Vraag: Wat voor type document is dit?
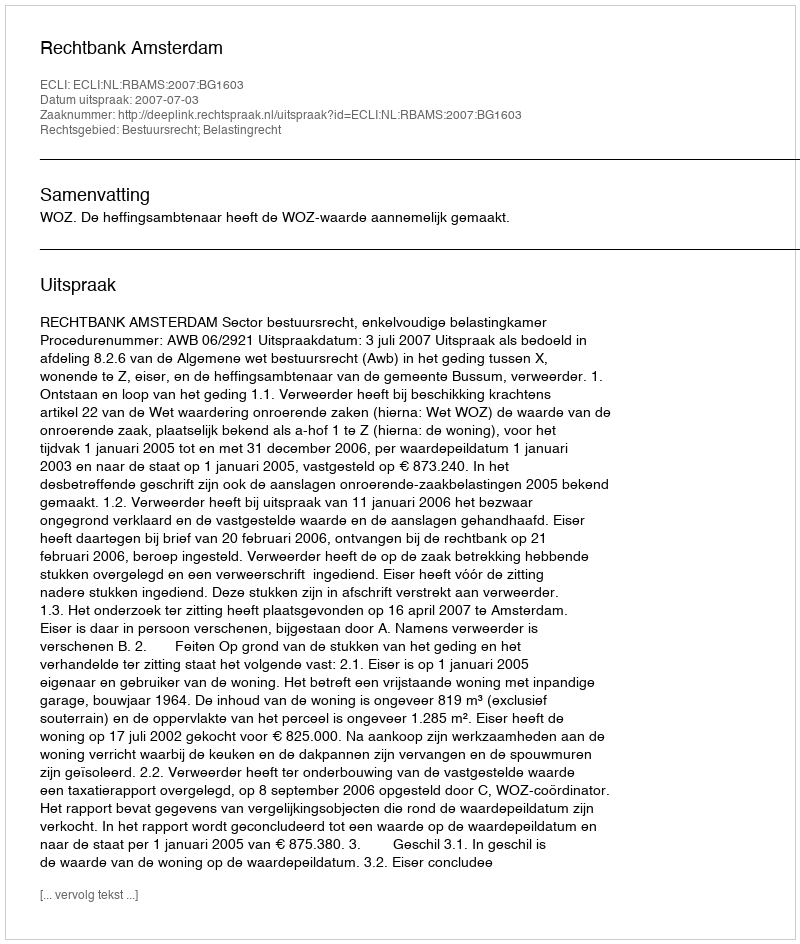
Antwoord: Uitspraak